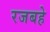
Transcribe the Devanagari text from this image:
रजबहे